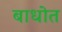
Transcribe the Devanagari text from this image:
बाधोत